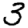
Digit: 3